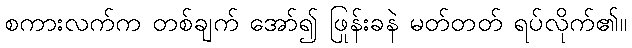
စကားလက်က တစ်ချက် အော်၍ ဖြုန်းခနဲ မတ်တတ် ရပ်လိုက်၏။